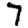
Digit: 7